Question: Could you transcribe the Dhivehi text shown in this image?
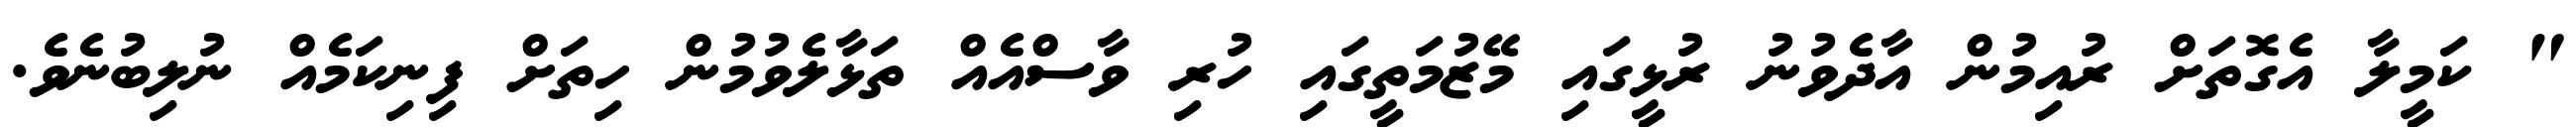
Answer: " ކަމީލާ އެގޮތަށް ރުއިމުން އާދެވުނު ރުޅީގައި މޭޒުމަތީގައި ހުރި ވާސްއެއް ތަޅާލެވުމުން ހިތަށް ފިނިކަމެއް ނުލިބުނެވެ.